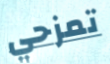
تمزحي